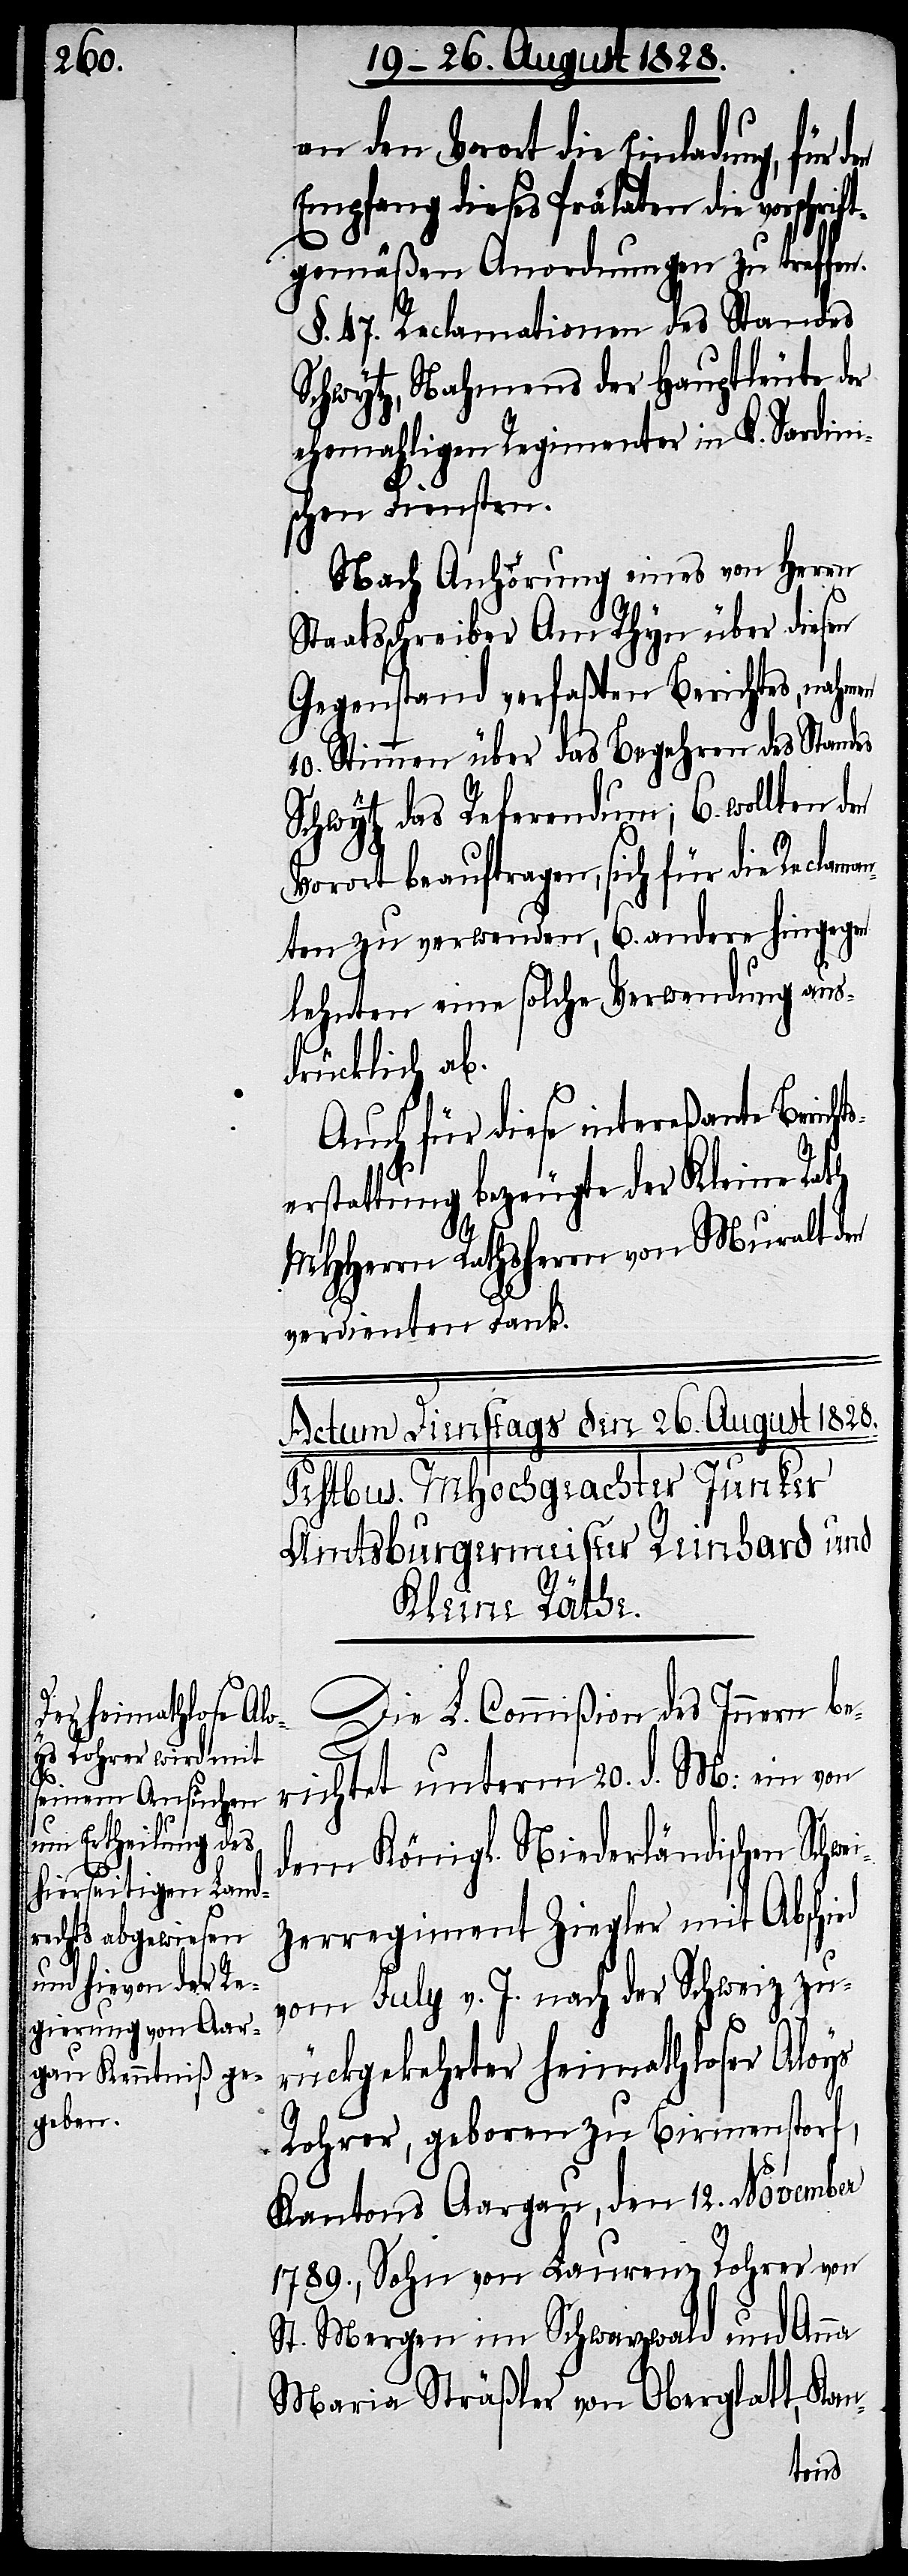
ts¬

an den Vorort die Einladung, für
Empfang dieses Prälaten die vorsch¬
gemäßen Anordnungen zu treffen.
§. 47. Reclamationen des Standes
Schwytz, Nahmens der Hauptleute der
ehemahligen Regimenter in K. Sardini¬
schen Diensten.
Nach Anhörung eines von Herrn
Staatsschreiber Am Rhyn über diesen
Gegenstand verfaßten Berichtes, nahm¬
10. Stimmen über das Begehren des Standes
Schwytz das Referendum; 6. wollten d¬
Vorort beauftragen, sich für die Reclam¬
anten zu verwenden, 6. andere hingegen
lehnten eine solche Verwendung aus¬
drücklich ab.
Auch für diese intereßante Berich¬
erstattung bezeugte der Kleine Rath
MHHerrn Rathsherrn von Muralt den
verdienten Dank.
Die L. Commißion des Innern be¬
richtet unterm 20. d. M: ein von
dem Königl. Niederländischen Schwe¬
izerregiment Ziegler mit Abschied
vom July v. J. nach der Schweiz zu¬
rückgekehrter heimathloser Aloys
Rohrer, geboren zu Birmenstorf,
Kantons Aargau, den 12. November
1789., Sohn von Laurenz Rohrer von
St. Mergen im Schwarzwald und Anna
Maria Sträßler von Oberglatt, Kan-
en